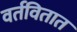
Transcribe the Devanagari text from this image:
वर्तवितात